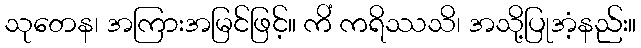
သုတေန၊ အကြားအမြင်ဖြင့်။ ကိံ ကရိဿသိ၊ အသို့ပြုအံ့နည်း။